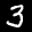
Label: 3